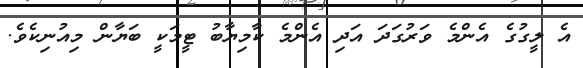
އެ ލީގުގެ އެންމެ ވަރުގަދަ އަދި އެންމެ ކާމިޔާބު ޓީމަކީ ބަޔާން މިއުނިކެވެ.